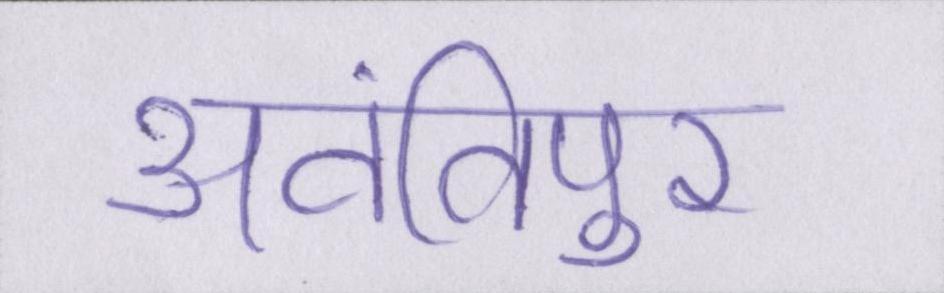
अवंतिपुर